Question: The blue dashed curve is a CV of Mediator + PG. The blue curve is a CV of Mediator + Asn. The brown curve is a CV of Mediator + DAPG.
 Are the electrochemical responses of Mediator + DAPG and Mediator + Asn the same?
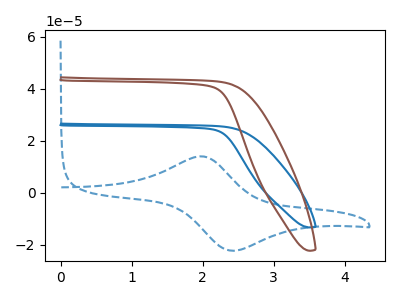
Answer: <think>The blue dashed curve "Mediator + PG" has an anodic peak at (2.00V, 14.00uA) and a cathodic peak at (2.40V, -22.25uA). The blue curve "Mediator + Asn" has no peaks. The brown curve "Mediator + DAPG" has no peaks.
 Neither "Mediator + DAPG" or "Mediator + Asn" have any peaks.</think>
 <answer>"Mediator + DAPG" and "Mediator + Asn" are similar in shape.</answer>
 <eval>same_shape</eval>